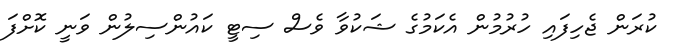
ކުރަން ޖެހިފައި ހުރުމުން އެކަމުގެ ޝަކުވާ ވެސް ސިޓީ ކައުންސިލުން ވަނީ ކޮށްފަ